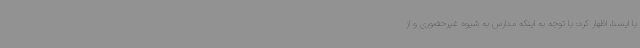
با ایسنا، اظهار کرد: با توجه به اینکه مدارس به شیوه غیرحضوری و از